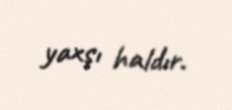
yaxşı haldır.